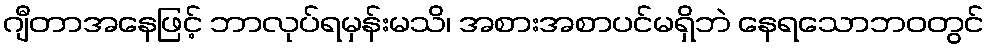
ဂျီတာအနေဖြင့် ဘာလုပ်ရမှန်းမသိ၊ အစားအစာပင်မရှိဘဲ နေရသောဘဝတွင်